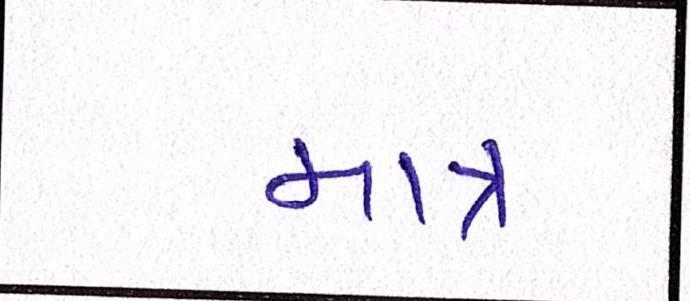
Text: માત્ર